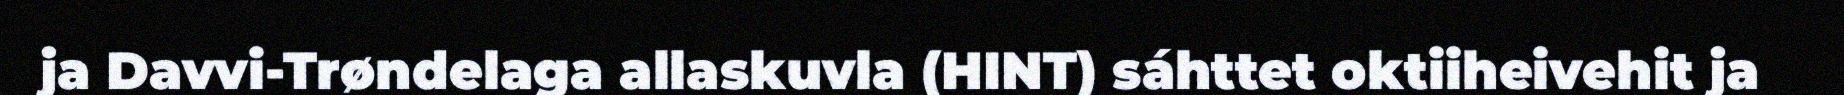
ja Davvi-Trøndelaga allaskuvla (HINT) sáhttet oktiiheivehit ja